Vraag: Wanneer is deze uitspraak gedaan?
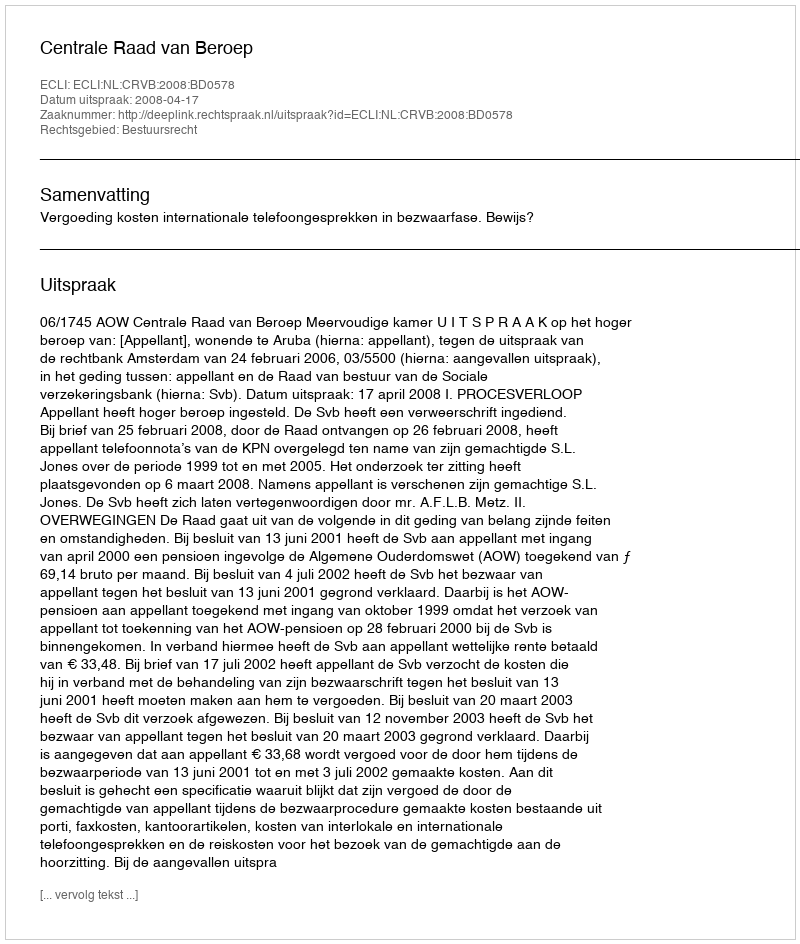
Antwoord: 2008-04-17